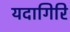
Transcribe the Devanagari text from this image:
यदागिरि